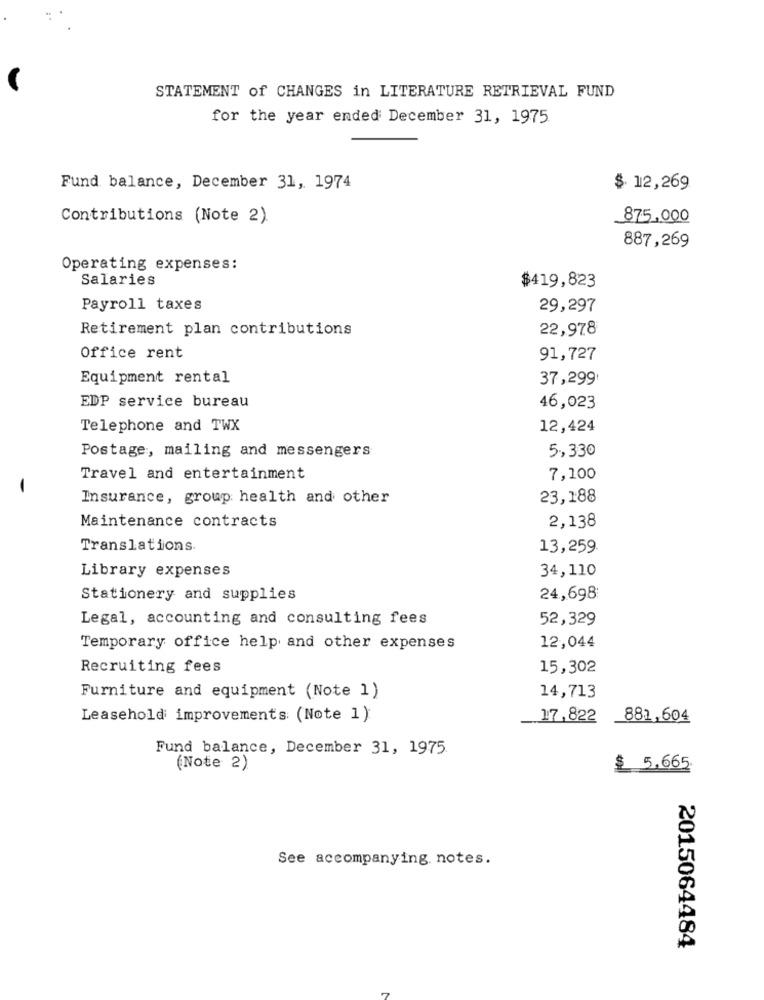
STATEMENT of CHANGES in LITERATURE RETRIEVAL FUND
for the year ended December 31, 1975
Fund balance, December 31, 1974
$ 12,269
Contributions (Note 2).
875.000
887,269
Operating expenses:
Salaries
$419,823
Payroll taxes
29,297
Retirement plan contributions
22,978
Office rent
91,727
Equipment rental
37,299
EDP service bureau
46,023
Telephone and TWX
12,424
Postage, mailing and messengers
5,330
Travel and entertainment
7,100
-
Insurance, group health and other
23,188
Maintenance contracts
2,138
Translations.
13,259.
Library expenses
34,110
Stationery and supplies
24,698
Legal, accounting and consulting fees
52,329
Temporary office help and other expenses
12,044
Recruiting fees
15,302
Furniture and equipment (Note 1)
14,713
Leasehold improvements (Note 1)
17,822
881,604
Fund balance, December 31, 1975.
(Note 2)
$ 5.665.
See accompanying. notes.
2015064484